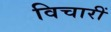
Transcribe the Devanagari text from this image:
विचारीं